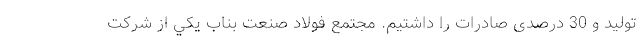
تولید و 30 درصدی صادرات را داشتیم. مجتمع فولاد صنعت بناب يكي از شركت